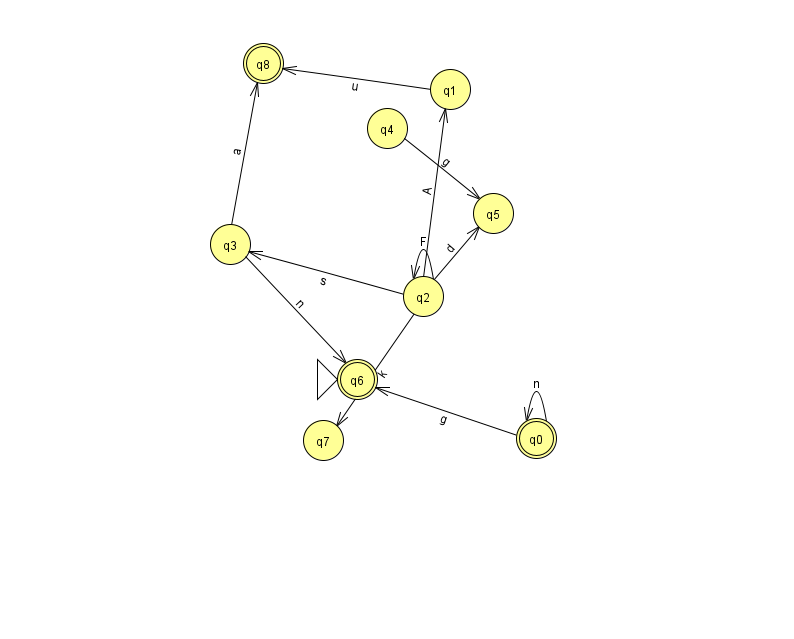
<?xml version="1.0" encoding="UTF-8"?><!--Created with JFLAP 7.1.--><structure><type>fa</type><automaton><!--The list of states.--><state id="0" name="q0"><x>536.0</x><y>425.0</y><final/></state><state id="1" name="q1"><x>450.0</x><y>76.0</y></state><state id="2" name="q2"><x>423.0</x><y>283.0</y></state><state id="3" name="q3"><x>230.0</x><y>231.0</y></state><state id="4" name="q4"><x>387.0</x><y>115.0</y></state><state id="5" name="q5"><x>493.0</x><y>200.0</y></state><state id="6" name="q6"><x>357.0</x><y>366.0</y><initial/><final/></state><state id="7" name="q7"><x>323.0</x><y>427.0</y></state><state id="8" name="q8"><x>263.0</x><y>50.0</y><final/></state><!--The list of transitions.--><transition><from>2</from><to>1</to><read>A</read></transition><transition><from>2</from><to>3</to><read>s</read></transition><transition><from>4</from><to>5</to><read>g</read></transition><transition><from>1</from><to>8</to><read>u</read></transition><transition><from>3</from><to>8</to><read>a</read></transition><transition><from>2</from><to>2</to><read>F</read></transition><transition><from>3</from><to>6</to><read>n</read></transition><transition><from>2</from><to>5</to><read>d</read></transition><transition><from>0</from><to>0</to><read>n</read></transition><transition><from>2</from><to>7</to><read>k</read></transition><transition><from>0</from><to>6</to><read>g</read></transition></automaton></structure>